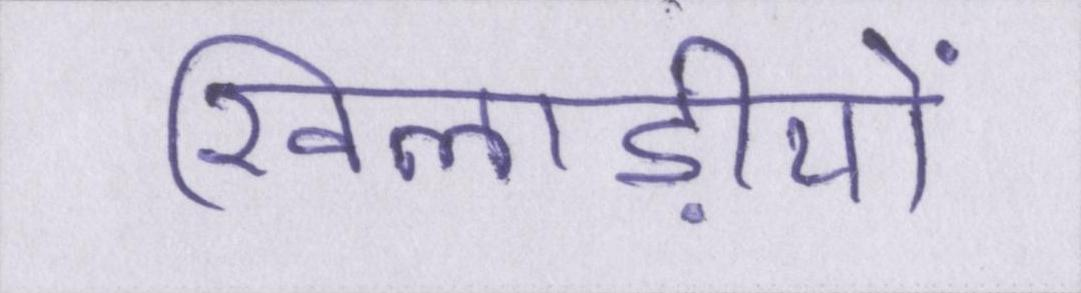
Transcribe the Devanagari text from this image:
खिलाड़ीयों